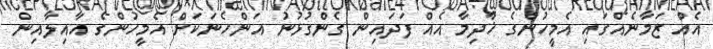
އެއް ޒަމާނެއްގައި އެމީހުންގެ ޚާދިމާ އެއް ފަދައިން ގެންގުޅުނު އަންހެނަކަށް އެމީހުންގެ އާއިލާއިން